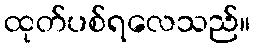
ထုတ်ပစ်ရလေသည်။